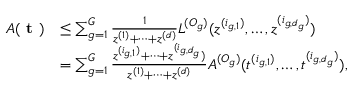
\begin{array} { r l } { A ( \textbf { t } ) } & { \leq \sum _ { g = 1 } ^ { G } \frac { 1 } { z ^ { ( 1 ) } + \dots + z ^ { ( d ) } } L ^ { ( O _ { g } ) } ( z ^ { ( i _ { g , 1 } ) } , \dots , z ^ { ( i _ { g , d _ { g } } ) } ) } \\ & { = \sum _ { g = 1 } ^ { G } \frac { z ^ { ( i _ { g , 1 } ) } + \dots + z ^ { ( i _ { g , d _ { g } } } ) } { z ^ { ( 1 ) } + \dots + z ^ { ( d ) } } A ^ { ( O _ { g } ) } ( t ^ { ( i _ { g , 1 } ) } , \dots , t ^ { ( i _ { g , d _ { g } } ) } ) , } \end{array}